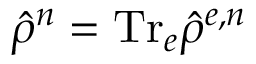
\hat { \rho } ^ { n } = \mathrm { T r } _ { e } \hat { \rho } ^ { e , n }